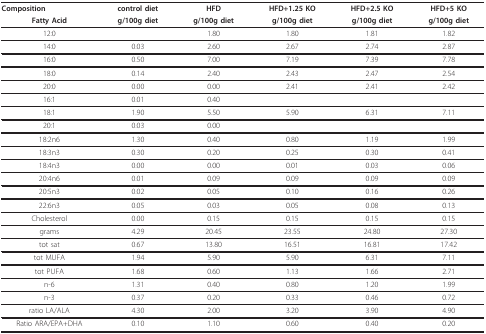
<table><thead><tr><td><b>Composition</b></td><td><b>control diet</b></td><td><b>HFD</b></td><td><b>HFD+1.25 KO</b></td><td><b>HFD+2.5 KO</b></td><td><b>HFD+5 KO</b></td></tr><tr><td><b>Fatty Acid</b></td><td><b>g/100g diet</b></td><td><b>g/100g diet</b></td><td><b>g/100g diet</b></td><td><b>g/100g diet</b></td><td><b>g/100g diet</b></td></tr></thead><tbody><tr><td>12:0</td><td></td><td>1.80</td><td>1.80</td><td>1.81</td><td>1.82</td></tr><tr><td>14:0</td><td>0.03</td><td>2.60</td><td>2.67</td><td>2.74</td><td>2.87</td></tr><tr><td>16:0</td><td>0.50</td><td>7.00</td><td>7.19</td><td>7.39</td><td>7.78</td></tr><tr><td>18:0</td><td>0.14</td><td>2.40</td><td>2.43</td><td>2.47</td><td>2.54</td></tr><tr><td>20:0</td><td>0.00</td><td>0.00</td><td>2.41</td><td>2.41</td><td>2.42</td></tr><tr><td>16:1</td><td>0.01</td><td>0.40</td><td></td><td></td><td></td></tr><tr><td>18:1</td><td>1.90</td><td>5.50</td><td>5.90</td><td>6.31</td><td>7.11</td></tr><tr><td>20:1</td><td>0.03</td><td>0.00</td><td></td><td></td><td></td></tr><tr><td>18:2n6</td><td>1.30</td><td>0.40</td><td>0.80</td><td>1.19</td><td>1.99</td></tr><tr><td>18:3n3</td><td>0.30</td><td>0.20</td><td>0.25</td><td>0.30</td><td>0.41</td></tr><tr><td>18:4n3</td><td>0.00</td><td>0.00</td><td>0.01</td><td>0.03</td><td>0.06</td></tr><tr><td>20:4n6</td><td>0.01</td><td>0.09</td><td>0.09</td><td>0.09</td><td>0.09</td></tr><tr><td>20:5n3</td><td>0.02</td><td>0.05</td><td>0.10</td><td>0.16</td><td>0.26</td></tr><tr><td>22:6n3</td><td>0.05</td><td>0.03</td><td>0.05</td><td>0.08</td><td>0.13</td></tr><tr><td>Cholesterol</td><td>0.00</td><td>0.15</td><td>0.15</td><td>0.15</td><td>0.15</td></tr><tr><td>grams</td><td>4.29</td><td>20.45</td><td>23.55</td><td>24.80</td><td>27.30</td></tr><tr><td>tot sat</td><td>0.67</td><td>13.80</td><td>16.51</td><td>16.81</td><td>17.42</td></tr><tr><td>tot MUFA</td><td>1.94</td><td>5.90</td><td>5.90</td><td>6.31</td><td>7.11</td></tr><tr><td>tot PUFA</td><td>1.68</td><td>0.60</td><td>1.13</td><td>1.66</td><td>2.71</td></tr><tr><td>n-6</td><td>1.31</td><td>0.40</td><td>0.80</td><td>1.20</td><td>1.99</td></tr><tr><td>n-3</td><td>0.37</td><td>0.20</td><td>0.33</td><td>0.46</td><td>0.72</td></tr><tr><td>ratio LA/ALA</td><td>4.30</td><td>2.00</td><td>3.20</td><td>3.90</td><td>4.90</td></tr><tr><td>Ratio ARA/EPA+DHA</td><td>0.10</td><td>1.10</td><td>0.60</td><td>0.40</td><td>0.20</td></tr></tbody></table>